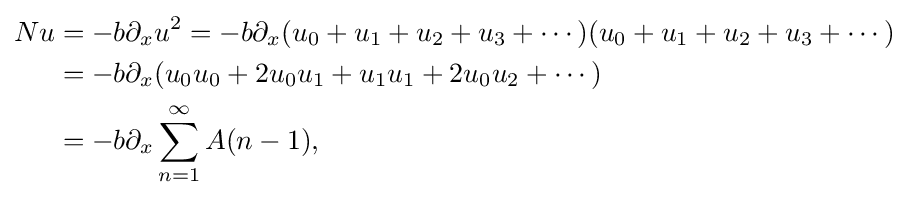
{\begin{aligned}Nu&=-b\partial _{x}u^{2}=-b\partial _{x}(u_{0}+u_{1}+u_{2}+u_{3}+\cdots )(u_{0}+u_{1}+u_{2}+u_{3}+\cdots )\\&=-b\partial _{x}(u_{0}u_{0}+2u_{0}u_{1}+u_{1}u_{1}+2u_{0}u_{2}+\cdots )\\&=-b\partial _{x}\sum _{n=1}^{\infty }A(n-1),\end{aligned}}